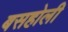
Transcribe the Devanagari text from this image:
बसहोली